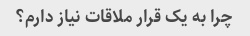
چرا به یک قرار ملاقات نیاز دارم؟